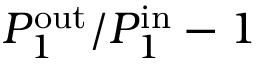
P _ { 1 } ^ { \mathrm { o u t } } / P _ { 1 } ^ { \mathrm { i n } } - 1